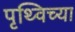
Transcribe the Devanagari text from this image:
पृथ्विच्या